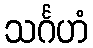
သင်္ဂဟံ